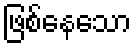
ဖြစ်နေသော